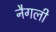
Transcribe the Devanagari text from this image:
नैगली